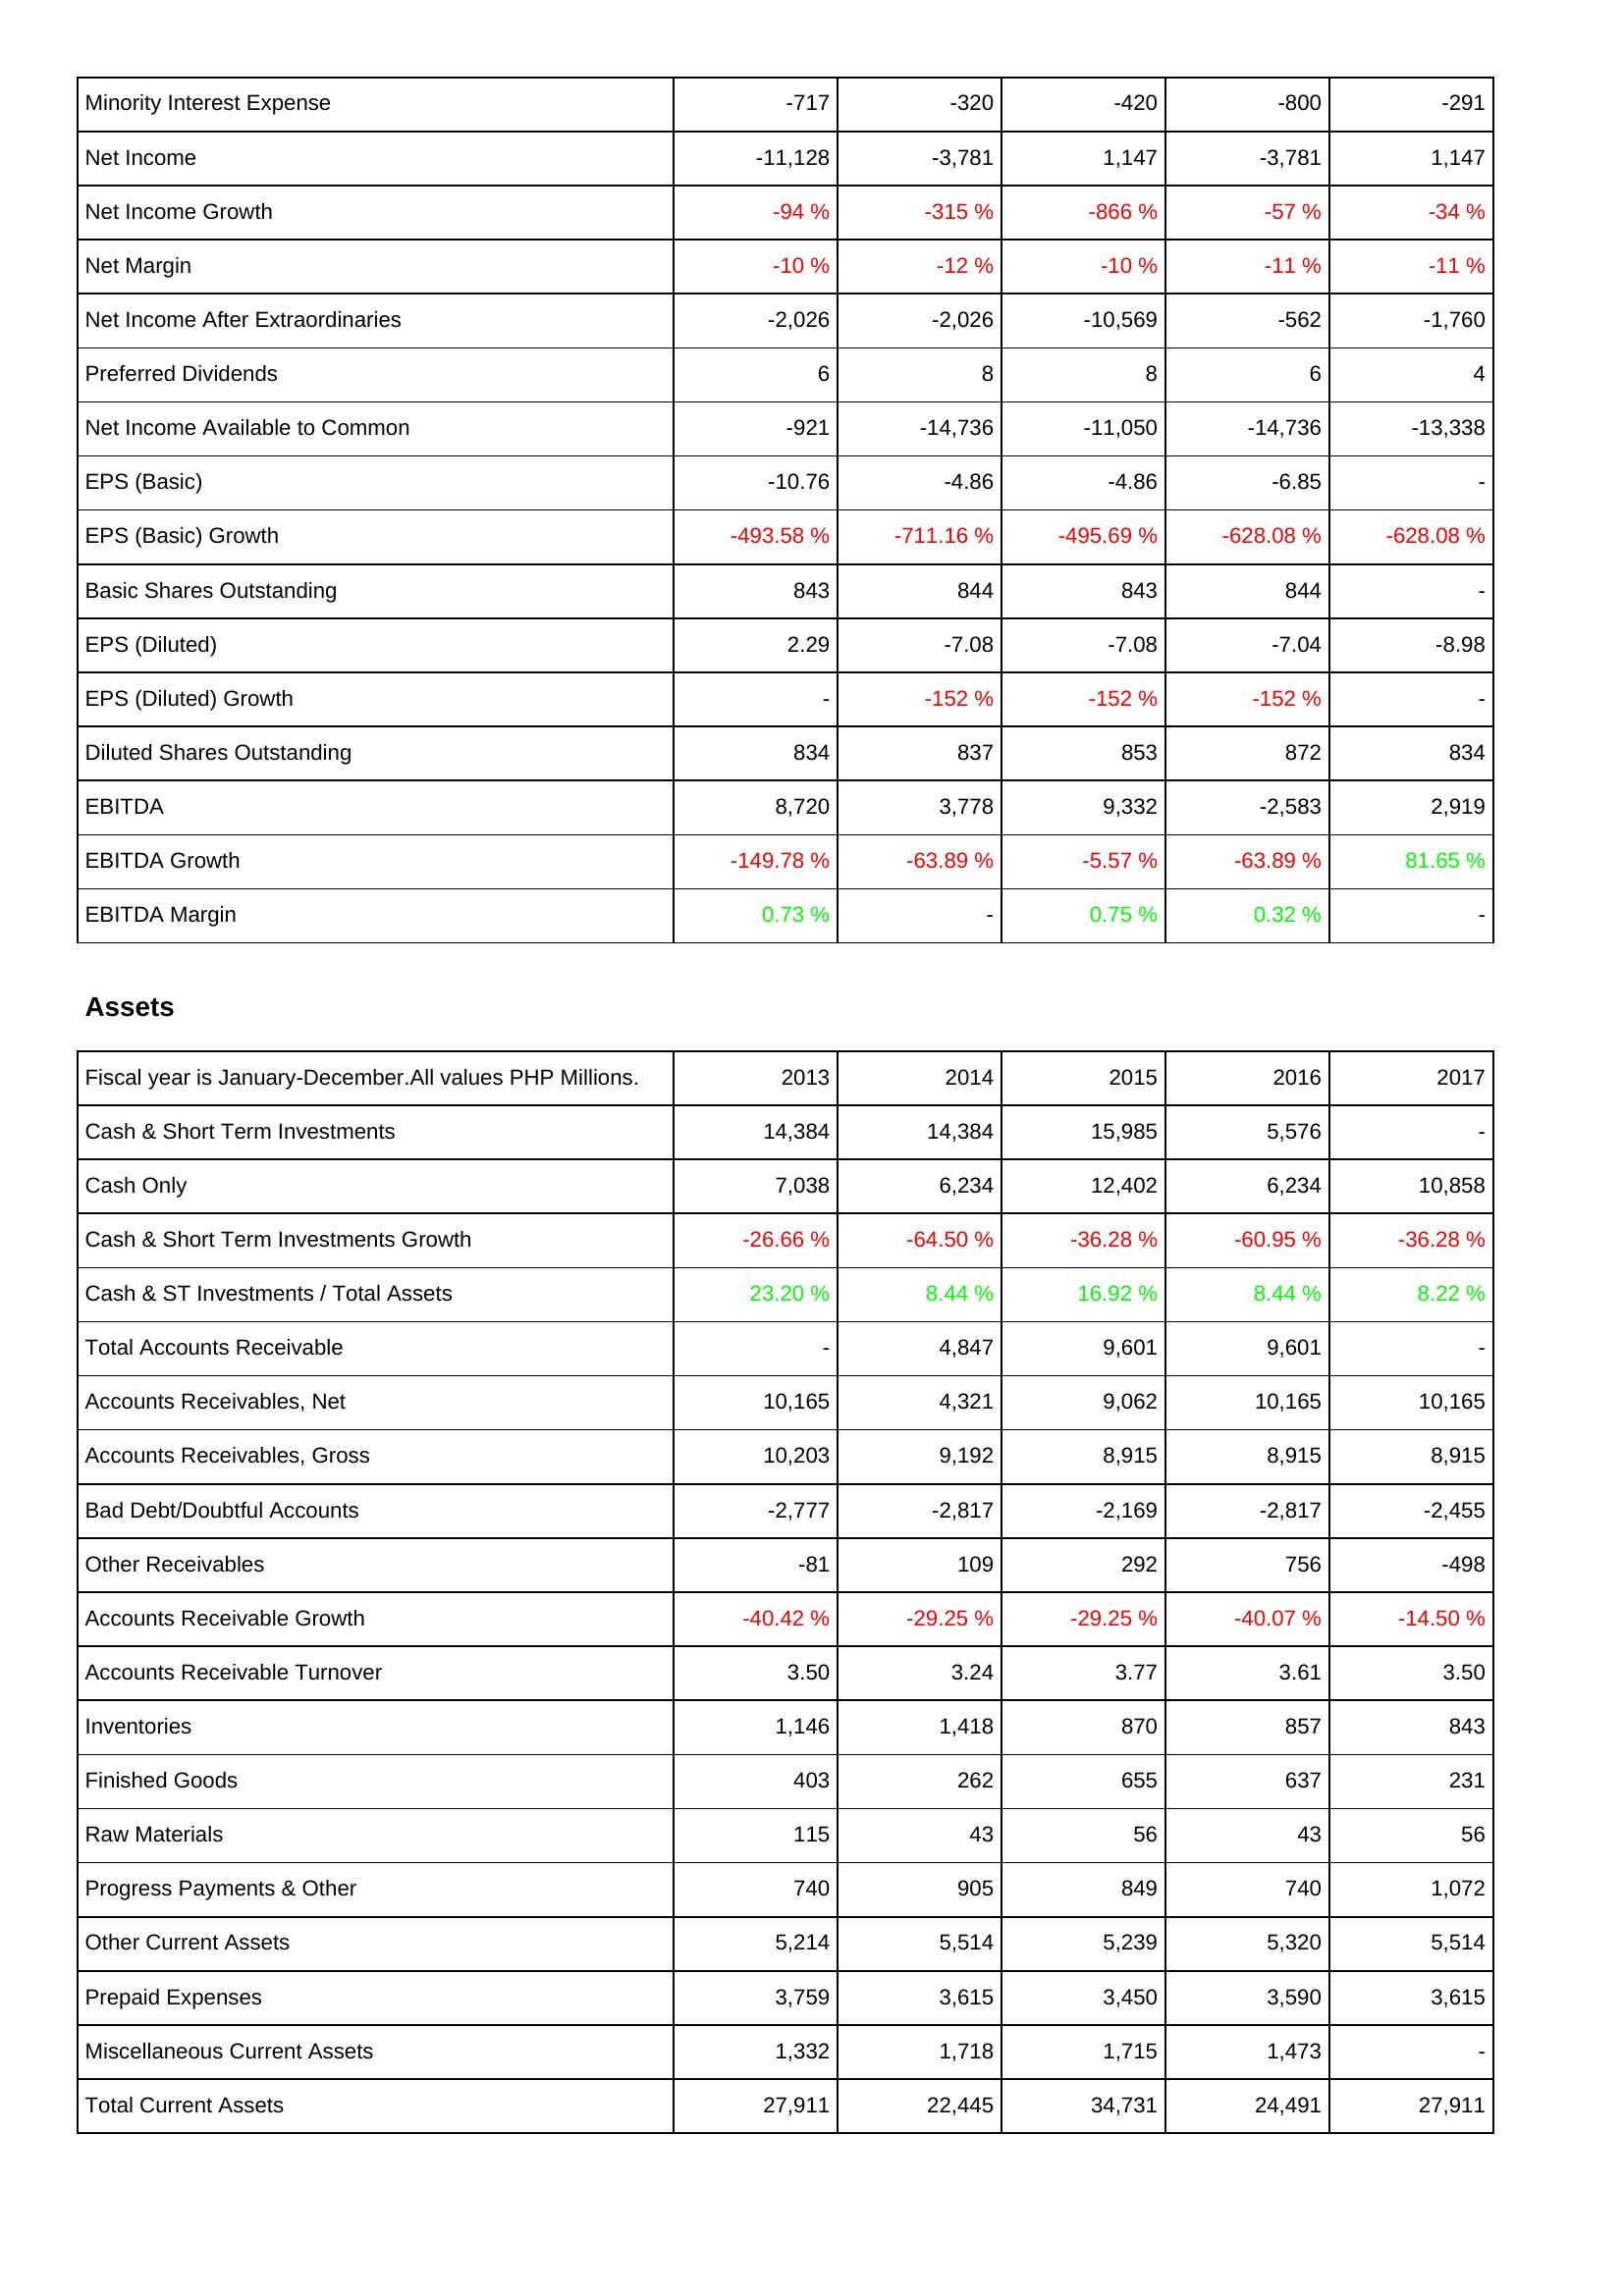
2013: Income Statement: Minority Interest Expense: -717
Net Income: -11,128
Net Income Growth: -94 %
Net Margin: -10 %
Net Income After Extraordinaries: -2,026
Preferred Dividends: 6
Net Income Available to Common: -921
EPS (Basic): -10.76
EPS (Basic) Growth: -493.58 %
Basic Shares Outstanding: 843
EPS (Diluted): 2.29
EPS (Diluted) Growth: -
Diluted Shares Outstanding: 834
EBITDA: 8,720
EBITDA Growth: -149.78 %
EBITDA Margin: 0.73 %
Assets: Cash & Short Term Investments: 14,384
Cash Only: 7,038
Cash & Short Term Investments Growth: -26.66 %
Cash & ST Investments / Total Assets: 23.20 %
Total Accounts Receivable: -
Accounts Receivables, Net: 10,165
Accounts Receivables, Gross: 10,203
Bad Debt/Doubtful Accounts: -2,777
Other Receivables: -81
Accounts Receivable Growth: -40.42 %
Accounts Receivable Turnover: 3.50
Inventories: 1,146
Finished Goods: 403
Raw Materials: 115
Progress Payments & Other: 740
Other Current Assets: 5,214
Prepaid Expenses: 3,759
Miscellaneous Current Assets: 1,332
Total Current Assets: 27,911
2014: Income Statement: Minority Interest Expense: -320
Net Income: -3,781
Net Income Growth: -315 %
Net Margin: -12 %
Net Income After Extraordinaries: -2,026
Preferred Dividends: 8
Net Income Available to Common: -14,736
EPS (Basic): -4.86
EPS (Basic) Growth: -711.16 %
Basic Shares Outstanding: 844
EPS (Diluted): -7.08
EPS (Diluted) Growth: -152 %
Diluted Shares Outstanding: 837
EBITDA: 3,778
EBITDA Growth: -63.89 %
EBITDA Margin: -
Assets: Cash & Short Term Investments: 14,384
Cash Only: 6,234
Cash & Short Term Investments Growth: -64.50 %
Cash & ST Investments / Total Assets: 8.44 %
Total Accounts Receivable: 4,847
Accounts Receivables, Net: 4,321
Accounts Receivables, Gross: 9,192
Bad Debt/Doubtful Accounts: -2,817
Other Receivables: 109
Accounts Receivable Growth: -29.25 %
Accounts Receivable Turnover: 3.24
Inventories: 1,418
Finished Goods: 262
Raw Materials: 43
Progress Payments & Other: 905
Other Current Assets: 5,514
Prepaid Expenses: 3,615
Miscellaneous Current Assets: 1,718
Total Current Assets: 22,445
2015: Income Statement: Minority Interest Expense: -420
Net Income: 1,147
Net Income Growth: -866 %
Net Margin: -10 %
Net Income After Extraordinaries: -10,569
Preferred Dividends: 8
Net Income Available to Common: -11,050
EPS (Basic): -4.86
EPS (Basic) Growth: -495.69 %
Basic Shares Outstanding: 843
EPS (Diluted): -7.08
EPS (Diluted) Growth: -152 %
Diluted Shares Outstanding: 853
EBITDA: 9,332
EBITDA Growth: -5.57 %
EBITDA Margin: 0.75 %
Assets: Cash & Short Term Investments: 15,985
Cash Only: 12,402
Cash & Short Term Investments Growth: -36.28 %
Cash & ST Investments / Total Assets: 16.92 %
Total Accounts Receivable: 9,601
Accounts Receivables, Net: 9,062
Accounts Receivables, Gross: 8,915
Bad Debt/Doubtful Accounts: -2,169
Other Receivables: 292
Accounts Receivable Growth: -29.25 %
Accounts Receivable Turnover: 3.77
Inventories: 870
Finished Goods: 655
Raw Materials: 56
Progress Payments & Other: 849
Other Current Assets: 5,239
Prepaid Expenses: 3,450
Miscellaneous Current Assets: 1,715
Total Current Assets: 34,731
2016: Income Statement: Minority Interest Expense: -800
Net Income: -3,781
Net Income Growth: -57 %
Net Margin: -11 %
Net Income After Extraordinaries: -562
Preferred Dividends: 6
Net Income Available to Common: -14,736
EPS (Basic): -6.85
EPS (Basic) Growth: -628.08 %
Basic Shares Outstanding: 844
EPS (Diluted): -7.04
EPS (Diluted) Growth: -152 %
Diluted Shares Outstanding: 872
EBITDA: -2,583
EBITDA Growth: -63.89 %
EBITDA Margin: 0.32 %
Assets: Cash & Short Term Investments: 5,576
Cash Only: 6,234
Cash & Short Term Investments Growth: -60.95 %
Cash & ST Investments / Total Assets: 8.44 %
Total Accounts Receivable: 9,601
Accounts Receivables, Net: 10,165
Accounts Receivables, Gross: 8,915
Bad Debt/Doubtful Accounts: -2,817
Other Receivables: 756
Accounts Receivable Growth: -40.07 %
Accounts Receivable Turnover: 3.61
Inventories: 857
Finished Goods: 637
Raw Materials: 43
Progress Payments & Other: 740
Other Current Assets: 5,320
Prepaid Expenses: 3,590
Miscellaneous Current Assets: 1,473
Total Current Assets: 24,491
2017: Income Statement: Minority Interest Expense: -291
Net Income: 1,147
Net Income Growth: -34 %
Net Margin: -11 %
Net Income After Extraordinaries: -1,760
Preferred Dividends: 4
Net Income Available to Common: -13,338
EPS (Basic): -
EPS (Basic) Growth: -628.08 %
Basic Shares Outstanding: -
EPS (Diluted): -8.98
EPS (Diluted) Growth: -
Diluted Shares Outstanding: 834
EBITDA: 2,919
EBITDA Growth: 81.65 %
EBITDA Margin: -
Assets: Cash & Short Term Investments: -
Cash Only: 10,858
Cash & Short Term Investments Growth: -36.28 %
Cash & ST Investments / Total Assets: 8.22 %
Total Accounts Receivable: -
Accounts Receivables, Net: 10,165
Accounts Receivables, Gross: 8,915
Bad Debt/Doubtful Accounts: -2,455
Other Receivables: -498
Accounts Receivable Growth: -14.50 %
Accounts Receivable Turnover: 3.50
Inventories: 843
Finished Goods: 231
Raw Materials: 56
Progress Payments & Other: 1,072
Other Current Assets: 5,514
Prepaid Expenses: 3,615
Miscellaneous Current Assets: -
Total Current Assets: 27,911